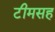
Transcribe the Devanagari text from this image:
टीमसह